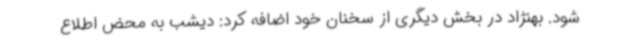
شود. بهنژاد در بخش دیگری از سخنان خود اضافه کرد: دیشب به محض اطلاع